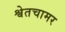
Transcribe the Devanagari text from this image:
श्वेतचामर